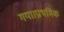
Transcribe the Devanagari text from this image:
गया।प्राथमिक